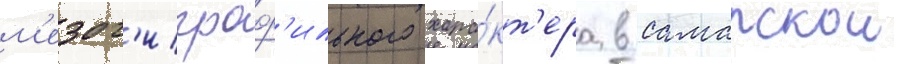
м'езог'игроф'ильного хара́кт'ера в самарскои